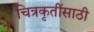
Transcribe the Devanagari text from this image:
चित्रकृतींसाठी